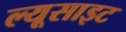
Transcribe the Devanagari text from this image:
ल्यूसाइट